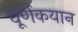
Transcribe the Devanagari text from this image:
घूर्णकयान